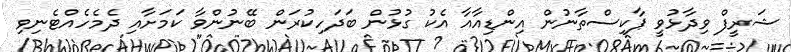
ޝަރީފް ވިދާޅުވީ ޕާކިސްތާނުން އިންޑިއާއާ އެކު ގުޅުން ބަދަހިކުރަން ބޭނުންވާ ކަމަށާއި ދެމެހެއްޓެނިވި